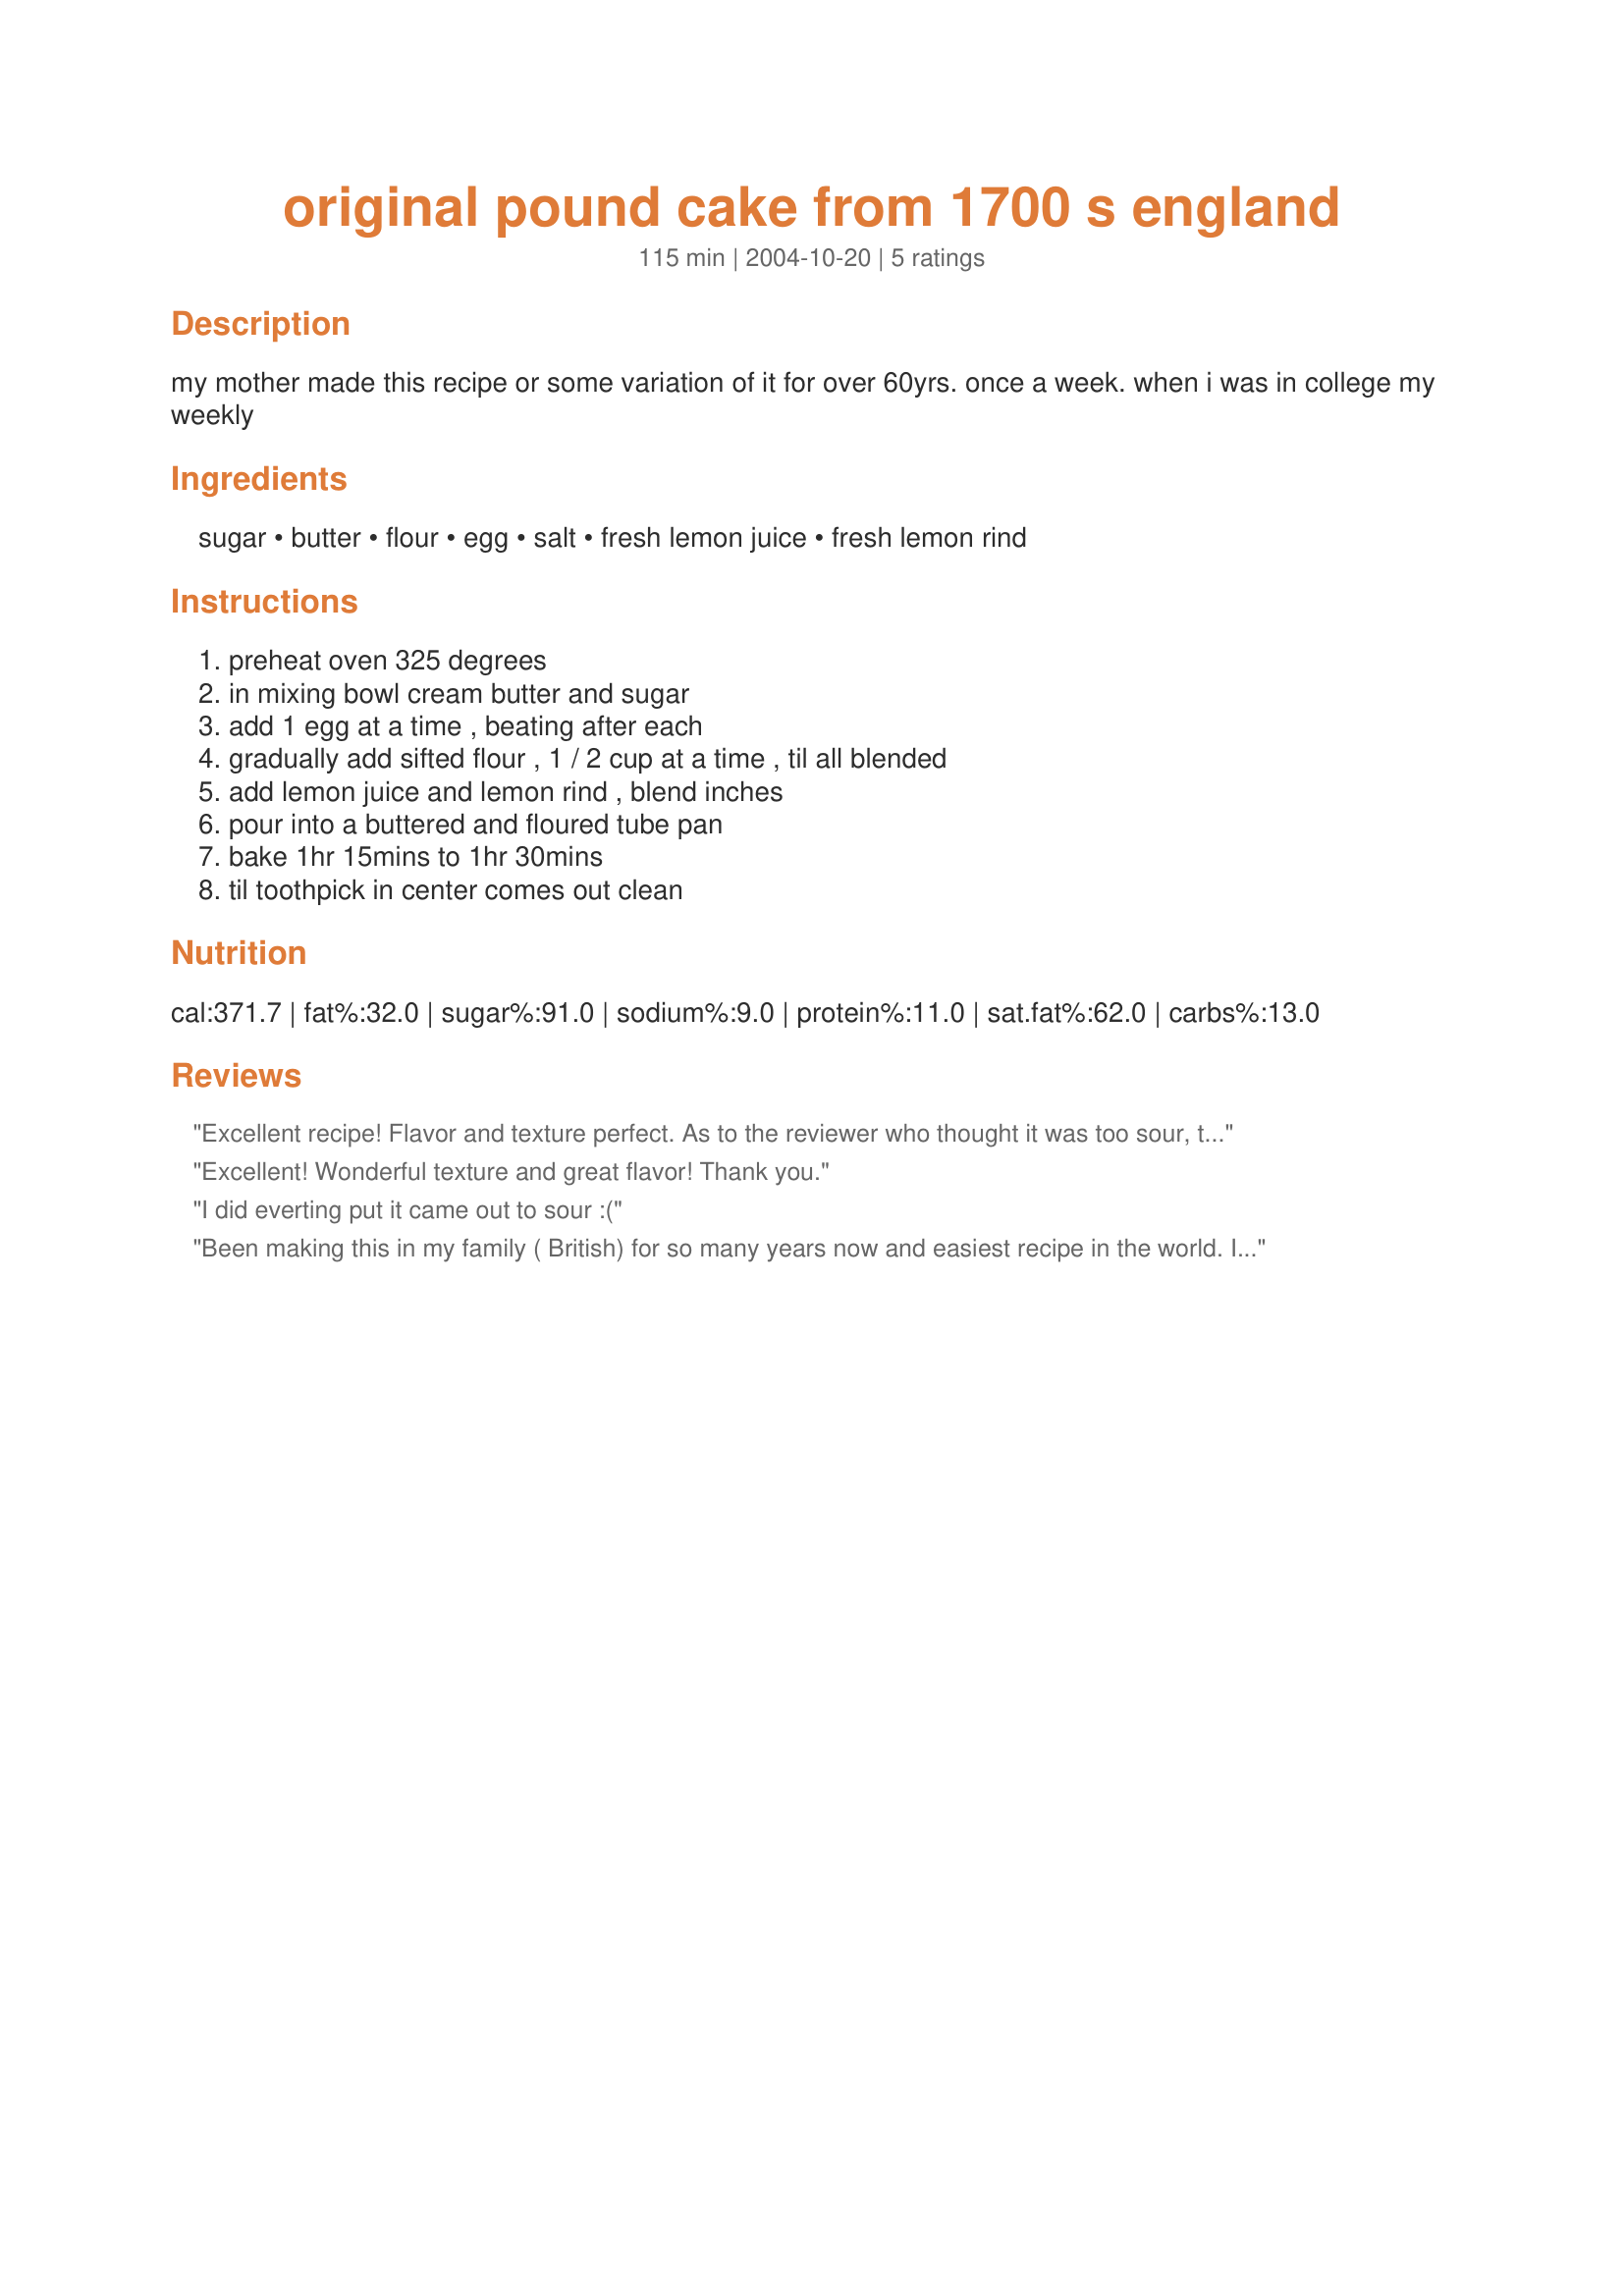
original pound cake from 1700 s england
Preparation time: 115 minutes

my mother made this recipe or some variation of it for over 60yrs. once a week. when i was in college my weekly

Ingredients:
sugar, butter, flour, egg, salt, fresh lemon juice, fresh lemon rind

Steps:
preheat oven 325 degrees, in mixing bowl cream butter and sugar, add 1 egg at a time , beating after each, gradually add sifted flour , 1 / 2 cup at a time , til all blended, add lemon juice and lemon rind , blend inches, pour into a buttered and floured tube pan, bake 1hr 15mins to 1hr 30mins, til toothpick in center comes out clean

Reviews:
Excellent recipe! Flavor and texture perfect. As to the reviewer who thought it was too sour, the error had to be hers. It needs to be fresh squeezed lemon juice, only way this could be sour is if she used &quot;Real Lemon Juice&quot; concentrate from a bottle.
Excellent!
Wonderful texture and great flavor!
 Thank you.
I did everting put it came out to sour :(
Been making this in my family ( British) for so many years now and easiest recipe in the world. I always told people 1 lb sugar, 1 lb flour, 1 lb butter, 1 lb eggs and 1 hour and a bit. Our old cookr changed this recipe defiantly by adding in some chopped cherries. Said it never hurt to have a bit of a surprise in it. Always gas mark 3 for us. Took me forever to learn farenheit for electric ovens..
